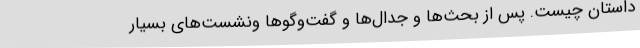
داستان چیست. پس از بحث‌ها و جدال‌ها و گفت‌و‌گو‌ها ونشست‌های بسیار